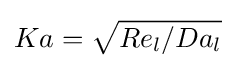
Ka={\sqrt {Re_{l}/Da_{l}}}